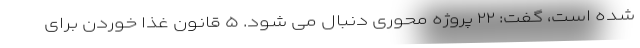
شده است، گفت: ۲۲ پروژه محوری دنبال می شود. ۵ قانون غذا خوردن برای